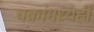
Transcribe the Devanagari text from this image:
चक्रांमध्येही